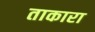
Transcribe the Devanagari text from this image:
ताकारा